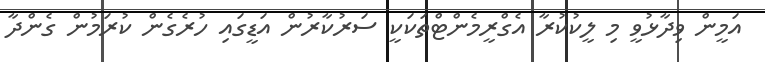
އަމީން ވިދާޅުވީ މި ލީކުކުރާ އެގްރީމެންޓްތަކަކީ ސަރުކާރުން އަޑީގައި ހުރެގެން ކުރަމުން ގެންދާ